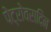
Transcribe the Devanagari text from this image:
पेट्रोवरादिन